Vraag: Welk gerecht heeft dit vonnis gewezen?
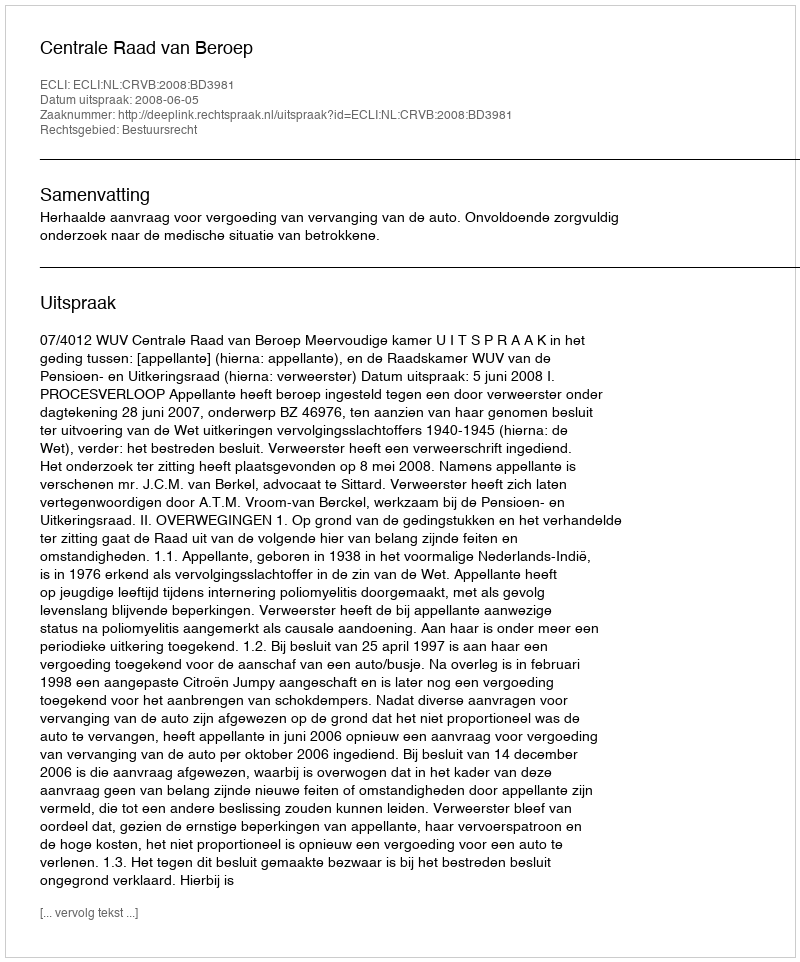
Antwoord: Centrale Raad van Beroep